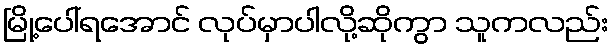
မြို့ပေါ်ရအောင် လုပ်မှာပါလို့ဆိုကွာ သူကလည်း